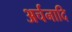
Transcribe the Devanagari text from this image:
अर्चनादि